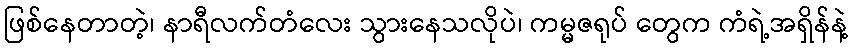
ဖြစ်နေတာတဲ့၊ နာရီလက်တံလေး သွားနေသလိုပဲ၊ ကမ္မဇရုပ် တွေက ကံရဲ့အရှိန်နဲ့